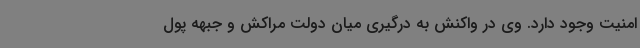
امنیت وجود دارد. وی در واکنش به درگیری میان دولت مراکش و جبهه پول